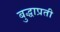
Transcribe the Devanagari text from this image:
बुद्धाप्रती